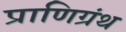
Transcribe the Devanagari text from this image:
प्राणिग्रंथ